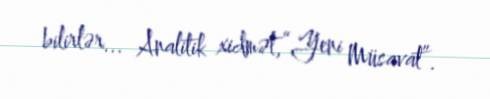
bilirlər... Analitik xidmət,“Yeni Müsavat”.